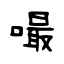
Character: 嘬